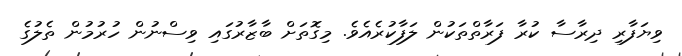
ވިޔަފާރި ދިރާސާ ކުރާ ފަރާތްތަކުން ލަފާކުރެއެވެ. މިގޮތަށް ބާޒާރުގައި ވިސްނުން ހުރުމުން ތެލުގެ